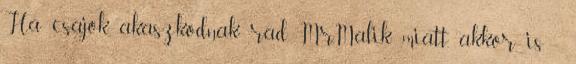
Ha csajok akaszkodnak rád Mr.Malik miatt, akkor is -